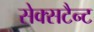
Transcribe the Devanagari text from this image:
सेक्सटैन्ट